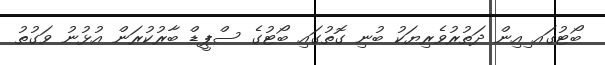
ބޯޓުގައ ިއިން ދަތުރުވެރިޔަކު ބުނި ގޮތުގައި ބޯޓުގެ ސްޕީޑް ބާރުކުރަން އުޅުނު ވަގުތު